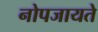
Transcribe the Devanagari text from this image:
नोपजायते